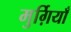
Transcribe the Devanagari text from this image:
मुर्ग़ियाँ